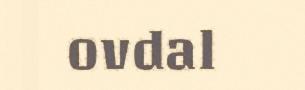
ovdal